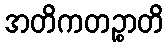
အတိကတဉ္စာတိ